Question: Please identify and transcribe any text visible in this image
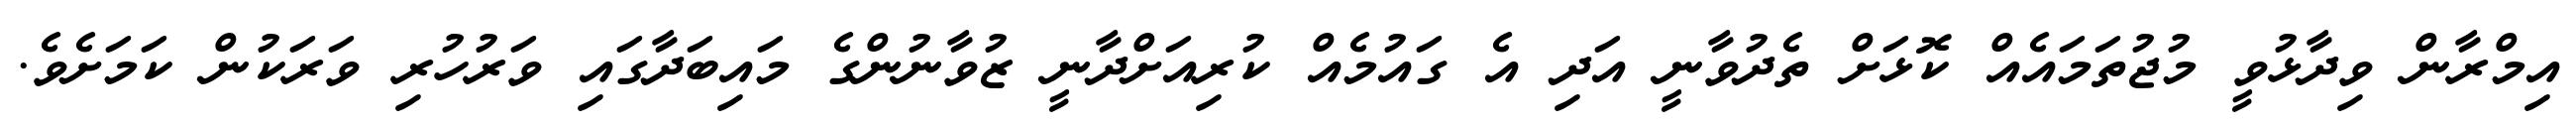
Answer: އިމްރާން ވިދާޅުވީ މުޖުތަމައެއް ކޮޅަށް ތެދުވާނީ އަދި އެ ގައުމެއް ކުރިއަށްދާނީ ޒުވާނުންގެ މައިބަދާގައި ވަރުހުރި ވަރަކުން ކަމަށެވެ.